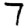
Digit: 7